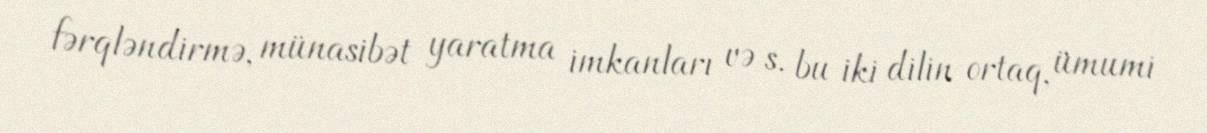
fərqləndirmə, münasibət yaratma imkanları və s. bu iki dilin ortaq, ümumi